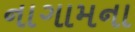
નાગામના